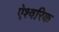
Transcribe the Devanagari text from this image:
ऐश्वरिक